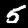
Digit: 5